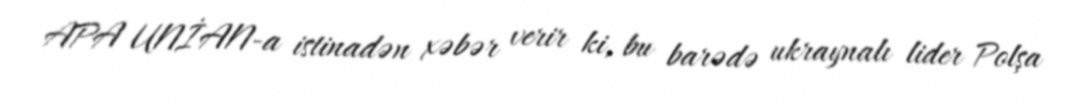
APA UNİAN-a istinadən xəbər verir ki, bu barədə ukraynalı lider Polşa